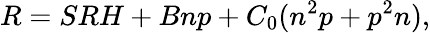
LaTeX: R=SRH+Bnp+C_{0}(n^{2}p+p^{2}n),